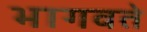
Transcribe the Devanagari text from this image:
भागवते